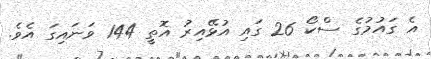
އެ ގައުމުގެ ސްކޯ 26 ގައި އުޅޭއިރު އޮތީ 144 ވަނައިގަ އެވެ.